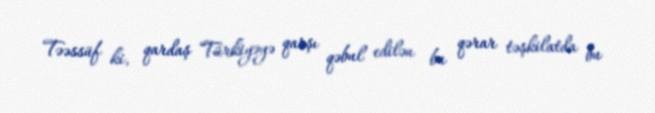
Təəssüf ki, qardaş Türkiyəyə qarşı qəbul edilən bu qərar təşkilatda bu